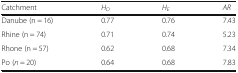
<table><thead><tr><td><b>Catchment</b></td><td><b><i>H</i><sub><i>O</i></sub></b></td><td><b><i>H</i><sub><i>E</i></sub></b></td><td><b><i>AR</i></b></td></tr></thead><tbody><tr><td>Danube (n = 16)</td><td>0.77</td><td>0.76</td><td>7.43</td></tr><tr><td>Rhine (n = 74)</td><td>0.71</td><td>0.74</td><td>5.23</td></tr><tr><td>Rhone (n = 57)</td><td>0.62</td><td>0.68</td><td>7.34</td></tr><tr><td>Po (<i>n</i> = 20)</td><td>0.64</td><td>0.68</td><td>7.83</td></tr></tbody></table>